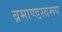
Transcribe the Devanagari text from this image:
ब्रमाण्डस्वरूप